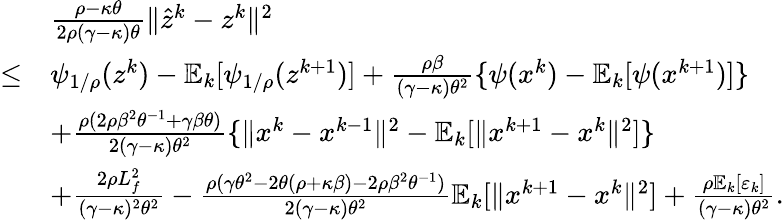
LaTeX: \begin{array}{rl}&{\frac{\rho-\kappa\theta}{2\rho(\gamma-\kappa)\theta}\| \hat{z}^{k}-z^{k}\| ^{2}}\\ {\leq}&{\psi_{1/\rho}(z^{k})-\mathbb{E}_{k}[\psi_{1/\rho}(z^{k+1})]+\frac{\rho\beta}{(\gamma-\kappa)\theta^{2}}\{ \psi(x^{k})-\mathbb{E}_{k}[\psi(x^{k+1})]\} }\\ &{+\frac{\rho(2\rho\beta^{2}\theta^{-1}+\gamma\beta\theta)}{2(\gamma-\kappa)\theta^{2}}\{ \| x^{k}-x^{k-1}\| ^{2}-\mathbb{E}_{k}[\| x^{k+1}-x^{k}\| ^{2}]\} }\\ &{+\frac{2\rho L_{f}^{2}}{(\gamma-\kappa)^{2}\theta^{2}}-\frac{\rho(\gamma\theta^{2}-2\theta(\rho+\kappa\beta)-2\rho\beta^{2}\theta^{-1})}{2(\gamma-\kappa)\theta^{2}}\mathbb{E}_{k}[\| x^{k+1}-x^{k}\| ^{2}]+\frac{\rho\mathbb{E}_{k}[\varepsilon_{k}]}{(\gamma-\kappa)\theta^{2}}.}\end{array}